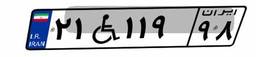
۹۵W۹۷۲۱۴